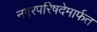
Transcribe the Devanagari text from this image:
नगरपरिषदेमार्फत